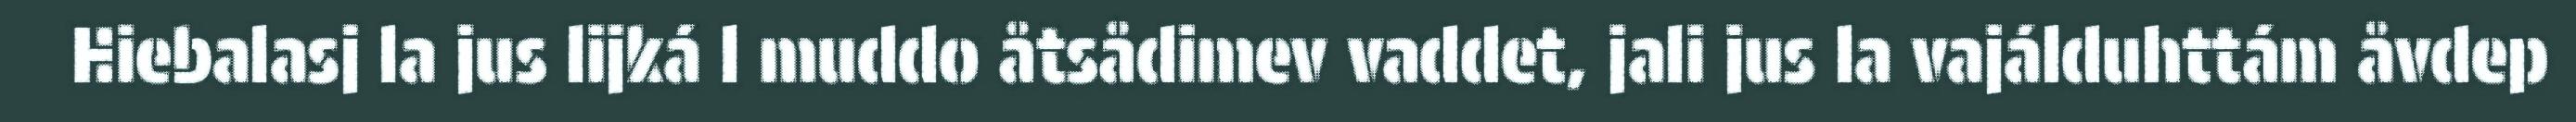
Hiebalasj la jus lijká l muddo åtsådimev vaddet, jali jus la vajálduhttám åvdep